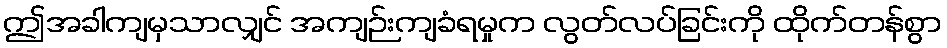
ဤအခါကျမှသာလျှင် အကျဉ်းကျခံရမှုက လွတ်လပ်ခြင်းကို ထိုက်တန်စွာ